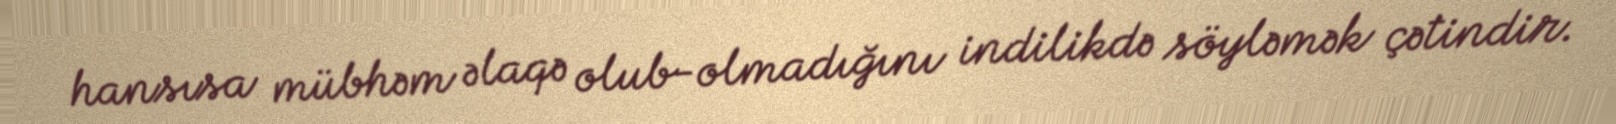
hansısa mübhəm əlaqə olub-olmadığını indilikdə söyləmək çətindir.